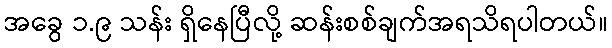
အခွေ ၁.၉ သန်း ရှိနေပြီလို့ ဆန်းစစ်ချက်အရသိရပါတယ်။